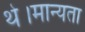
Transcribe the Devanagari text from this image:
थे।मान्यता